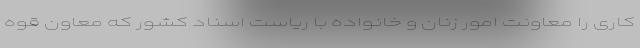
کاری را معاونت امور زنان و خانواده با ریاست اسناد کشور که معاون قوه